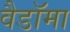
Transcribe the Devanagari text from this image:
वैडाॅमा